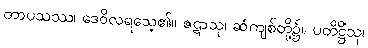
တာပသဿ၊ ဒေဝိလရသေ့၏။ ဇဋာသု၊ ဆံကျစ်တို့၌။ ပတိဋ္ဌိံသု၊